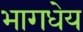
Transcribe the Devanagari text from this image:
भागधेय